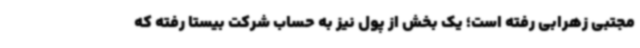
مجتبی زهرابی رفته است؛ یک بخش از پول نیز به حساب شرکت بیستا رفته که